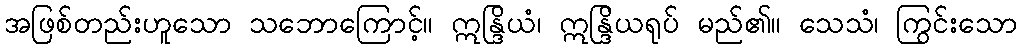
အဖြစ်တည်းဟူသော သဘောကြောင့်။ ဣန္ဒြိယံ၊ ဣန္ဒြိယရုပ် မည်၏။ သေသံ၊ ကြွင်းသော